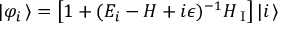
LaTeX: | \varphi _ { i } \, \rangle = \left[ 1 + ( E _ { i } - H + i \epsilon ) ^ { - 1 } H _ { \mathrm { \scriptsize ~ I } } \right] | i \, \rangle